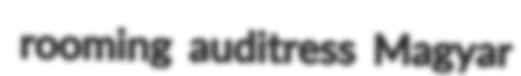
rooming auditress Magyar